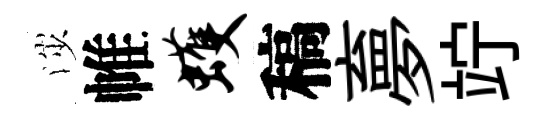
渉帷蠖稿夣竚